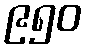
၉၅၀